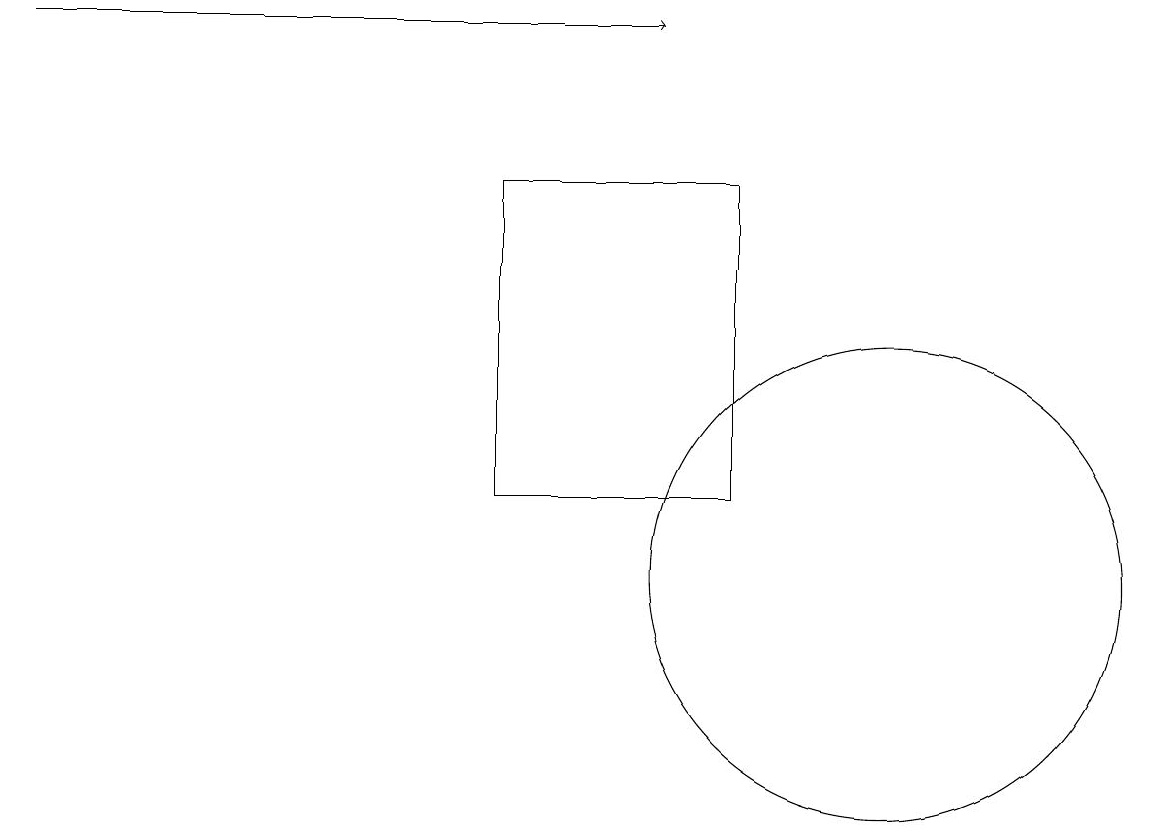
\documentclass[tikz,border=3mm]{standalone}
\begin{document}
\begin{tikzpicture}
\draw (9,16) rectangle (6,12);
\draw (11,11) circle (3);
\draw[->] (0,18) -- (8,18);
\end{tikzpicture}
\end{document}